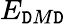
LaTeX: E_{\mathtt{D}M\mathtt{D}}